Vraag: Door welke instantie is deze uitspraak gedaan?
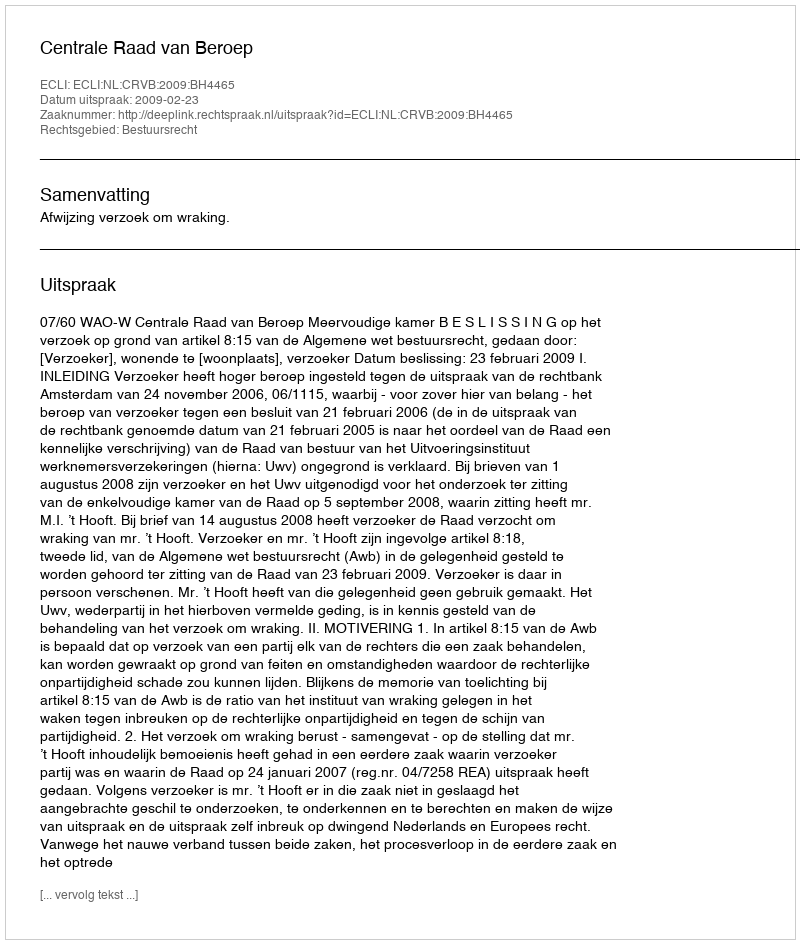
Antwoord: Centrale Raad van Beroep